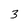
Character: 3